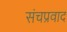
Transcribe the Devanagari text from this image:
संचप्रवाद